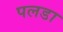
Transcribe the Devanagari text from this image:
पलडा